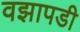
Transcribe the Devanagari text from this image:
वझापडी